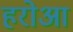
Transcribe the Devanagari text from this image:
हरोआ